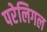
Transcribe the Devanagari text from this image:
परेलिगल